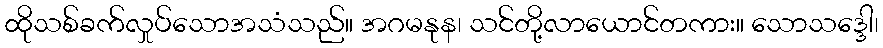
ထိုသစ်ခက်လှုပ်သောအသံသည်။ အဂမနုန၊ သင်တို့လာယောင်တကား။ သောသဒ္ဒေါ၊